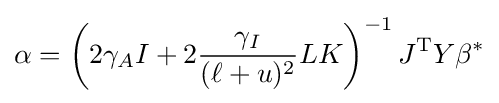
\alpha =\left(2\gamma _{A}I+2{\frac {\gamma _{I}}{(\ell +u)^{2}}}LK\right)^{-1}J^{\mathrm {T} }Y\beta ^{*}